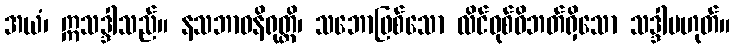
အယံ၊ ဣသဒ္ဒါသည်။ နသဘာဝနိရုတ္တိ၊ သဘောဖြစ်သော လိင်ဝုစ်ဝိဘတ်ရှိသော သဒ္ဒါမဟုတ်။